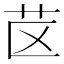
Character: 𰰤